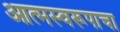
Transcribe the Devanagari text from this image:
आत्मस्वरूपाचा